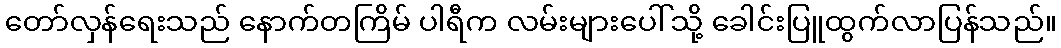
တော်လှန်ရေးသည် နောက်တကြိမ် ပါရီက လမ်းများပေါ်သို့ ခေါင်းပြူထွက်လာပြန်သည်။